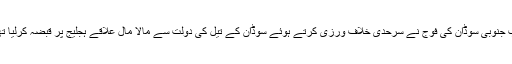
تب جنوبی سوڈان کی فوج نے سرحدی خلاف ورزی کرتے ہوئے سوڈان کے تیل کی دولت سے مالا مال علاقے ہجلیج پر قبضہ کرلیا تھا۔